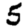
Digit: 5